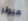
ميولر